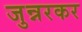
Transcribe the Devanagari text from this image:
जुन्नरकर